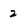
Character: 2